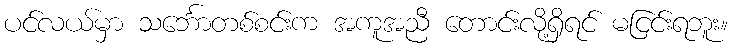
ပင်လယ်မှာ သင်္ဘောတစ်စင်းက အကူအညီ တောင်းလို့ရှိရင် မငြင်းရဘူး။